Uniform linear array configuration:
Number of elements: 16
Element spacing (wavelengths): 0.25
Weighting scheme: blackman
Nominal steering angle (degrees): -45
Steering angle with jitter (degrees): -44.703
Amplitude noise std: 0.05
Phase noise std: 0.05

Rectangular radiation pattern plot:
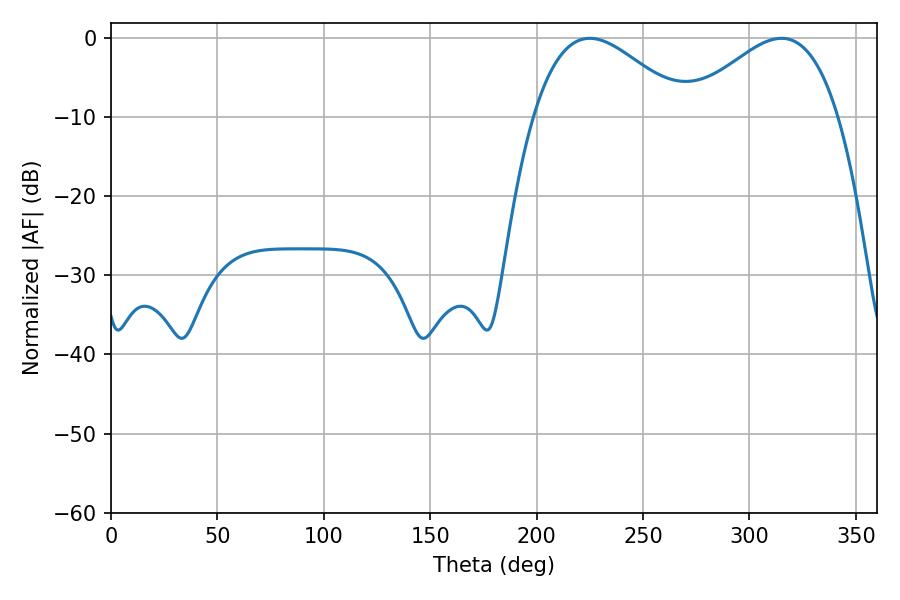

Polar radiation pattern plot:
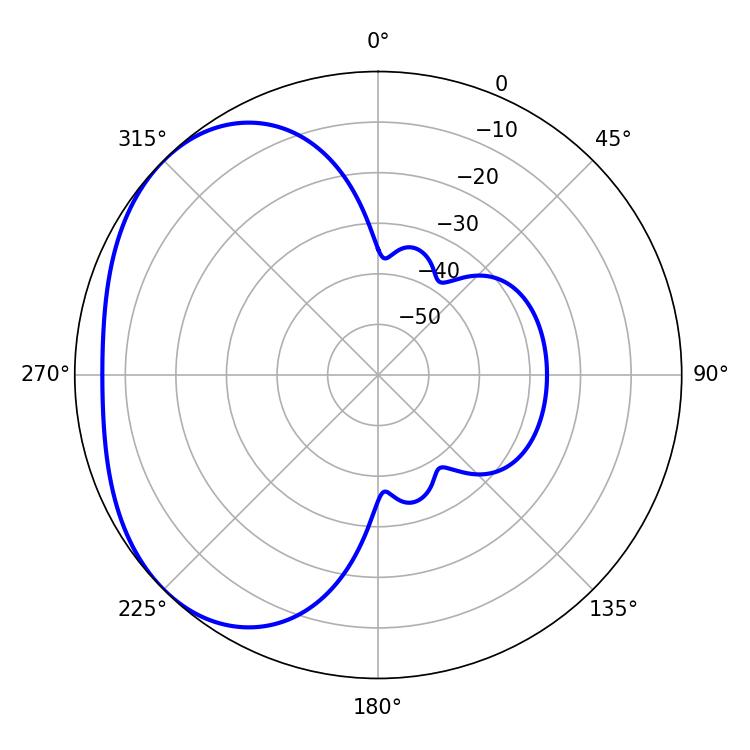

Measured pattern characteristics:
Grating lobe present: FALSE
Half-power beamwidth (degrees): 38.7
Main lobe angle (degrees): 225